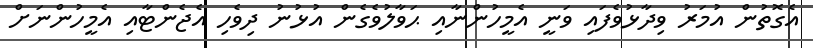
އެގޮތުން އުމަރު ވިދާޅުވެފައި ވަނީ އެމީހުންނާއި ޙަވާލުވެގެން އުޅުނު ދިވެހި އެޖެންޓާއި އެމީހުންނަށް